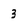
Character: 3